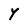
Character: Y